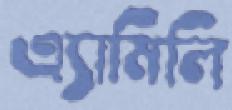
এ্যামিলি